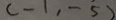
( - 1 , - 5 )